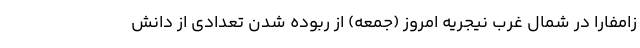
زامفارا در شمال غرب نیجریه امروز (جمعه) از ربوده شدن تعدادی از دانش